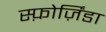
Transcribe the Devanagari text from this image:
स्फ़ोर्ज़िंडा